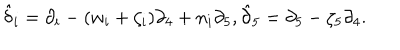
LaTeX: \hat { { \delta } } _ { i } = \partial _ { i } - ( w _ { i } + \zeta _ { i } ) \partial _ { 4 } + n _ { i } \partial _ { 5 } , \hat { { \partial } } _ { 5 } = \partial _ { 5 } - \zeta _ { 5 } \partial _ { 4 } .